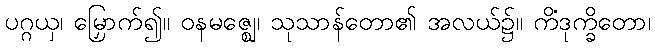
ပဂ္ဂယှ၊ မြှောက်၍။ ဝနမဇ္ဈေ၊ သုသာန်တော၏ အလယ်၌။ ကိံဒုက္ခိတော၊